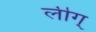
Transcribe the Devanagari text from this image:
लीग्